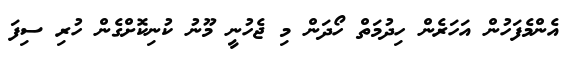
އެންމެފަހުން އަހަރެން ހިދުމަތް ހޯދަން މި ޖެހުނީ މޫނު ކުނިކޮށްގެން ހުރި ސިފަ